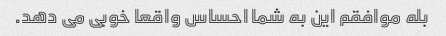
بله موافقم این به شما احساس واقعا خوبی می دهد.